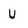
Character: U